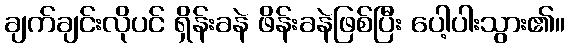
ချက်ချင်းလိုပင် ရှိန်းခနဲ ဖိန်းခနဲဖြစ်ပြီး ပေါ့ပါးသွား၏။